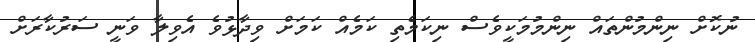
ނުކޮށް ނިންމުންތައް ނިންމުމަކީވެސް ނިކަމެތި ކަމެއް ކަމަށް ވިދާޅުވެ އެވިލާ ވަނީ ސަރުކާރަށް